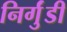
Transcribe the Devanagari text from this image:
निर्गुंडी